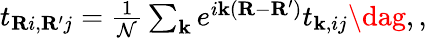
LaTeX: \begin{array}{r}{t_{\mathbf{R}i,\mathbf{R^{\prime}}j}=\frac{1}{\mathcal{N}}\sum_{\mathbf{k}}e^{i\mathbf{k}(\mathbf{R}-\mathbf{R^{\prime}})}t_{\mathbf{k},ij}\dag,,}\end{array}